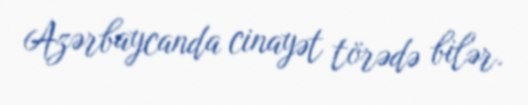
Azərbaycanda cinayət törədə bilər.